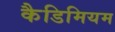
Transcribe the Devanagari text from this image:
कैडिमियम